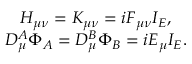
\begin{array} { c } { { H _ { \mu \nu } = K _ { \mu \nu } = i F _ { \mu \nu } I _ { E } , } } \\ { { D _ { \mu } ^ { A } \Phi _ { A } = D _ { \mu } ^ { B } \Phi _ { B } = i E _ { \mu } I _ { E } . } } \end{array}